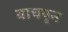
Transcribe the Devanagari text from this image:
वाचवुन